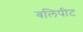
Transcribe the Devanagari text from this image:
बलिपीट